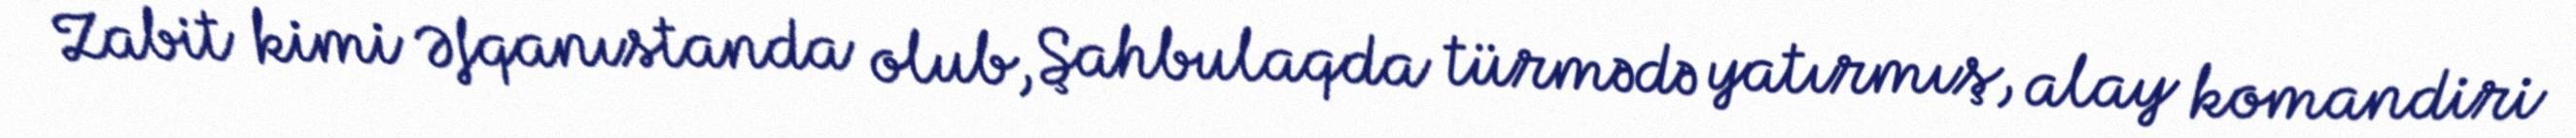
Zabit kimi Əfqanıstanda olub, Şahbulaqda türmədə yatırmış, alay komandiri